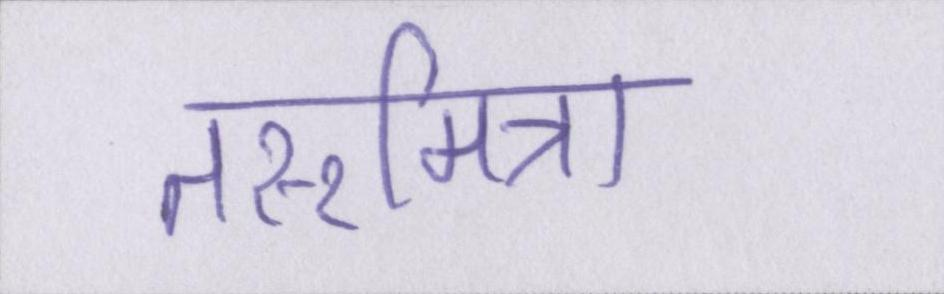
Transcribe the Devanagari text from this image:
तरूमित्रा